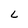
Character: L